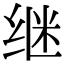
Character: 继